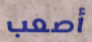
أصعب